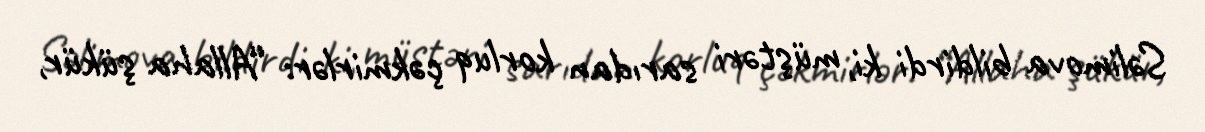
Səlimova bildirdi ki, müştəri sarıdan korluq çəkmirlər: “Allaha şükür,